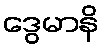
ဒွေမာနိ